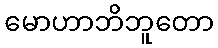
မောဟာဘိဘူတော